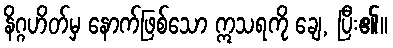
နိဂ္ဂဟိတ်မှ နောက်ဖြစ်သော ဣသရကို ချေ, ပြီး၏။